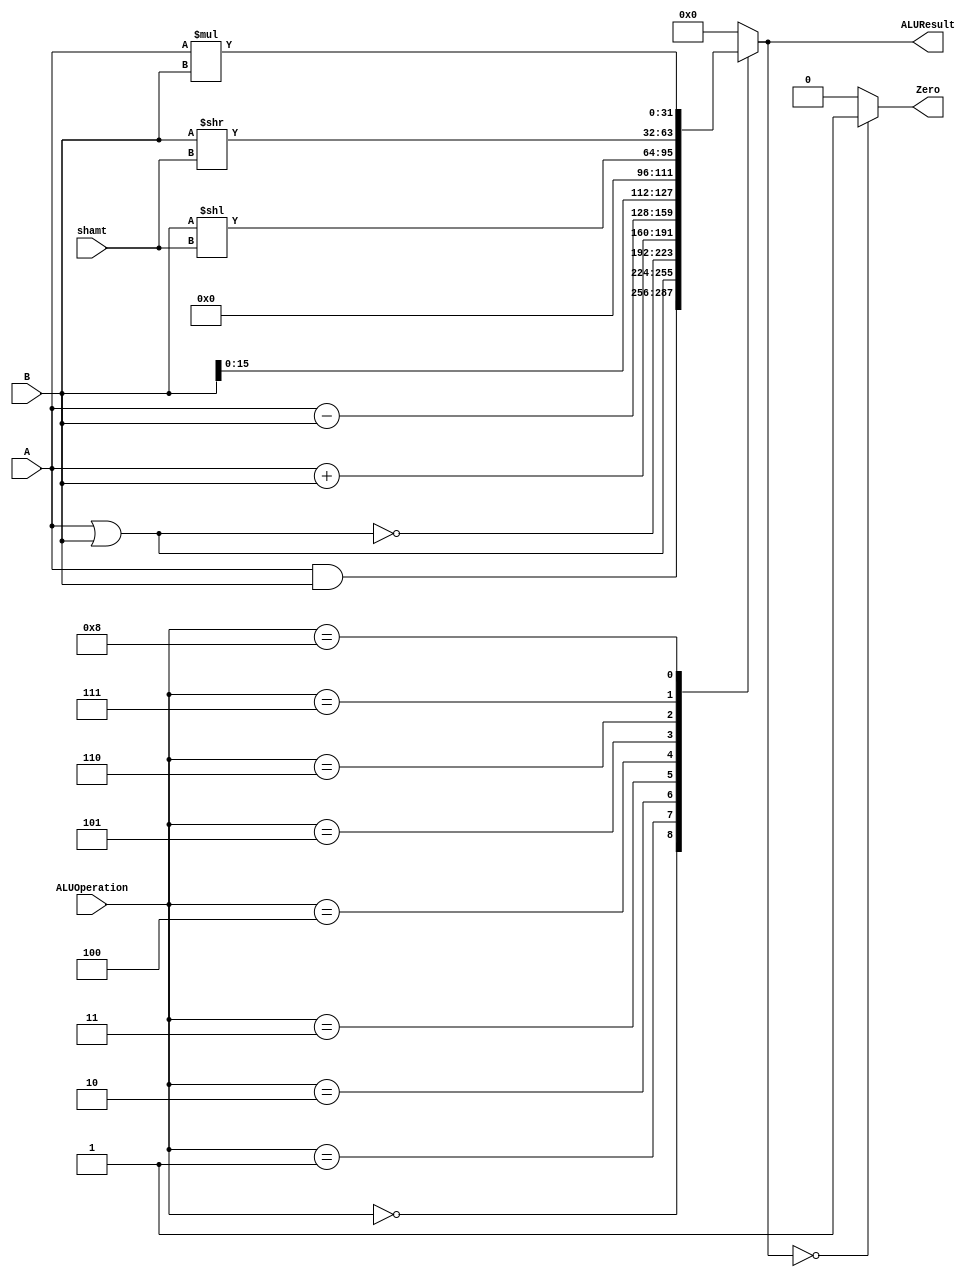
/******************************************************************
* Description
*	This is an 32-bit arithetic logic unit that can execute the next set of operations:
*		add
*		sub
*		or
*		and
*		nor
* This ALU is written by using behavioral description.
* Version:
*	1.0
* Author:
*	Dr. Jos Luis Pizano Escalante
* email:
*	luispizano@iteso.mx
* Date:
*	01/03/2014
******************************************************************/

module ALU 
(
	input [3:0] ALUOperation,	
	input [31:0] A,
	input [31:0] B,
	input [4:0] shamt,			// para SLL y SRL desde ROM
	output reg Zero,
	output reg [31:0]ALUResult
);
//

localparam AND = 4'b0000;		
localparam OR  = 4'b0001;					
localparam NOR = 4'b0010;		
localparam ADD = 4'b0011;
localparam SUB = 4'b0100;
localparam LUI = 4'b0101;		
localparam SLL = 4'b0110;	
localparam SRL = 4'b0111;
localparam MUL = 4'b1000;
   
   always @ (A or B or ALUOperation)
     begin
		case (ALUOperation)
		  AND: //# and
		   ALUResult= A & B;
		  OR:  //# or
		   ALUResult= A | B;
		  NOR: //# nor
		   ALUResult= ~(A|B);
		  ADD: // add
			ALUResult= A + B;
		  SUB: // sub
			ALUResult= A - B;
		  LUI: //lui
		   ALUResult={B[15:0],16'H0000};	// recorre los 16bits y concatena 16 zeros
		  SLL:
			ALUResult= B << shamt;	// sll
		  SRL:
			ALUResult= B >> shamt;	// srl
			MUL:
			ALUResult= A * B;	// srl
		default:
			ALUResult= 0;
		endcase // case(control)
		Zero = (ALUResult==0) ? 1'b1 : 1'b0;
     end // always @ (A or B or control)
endmodule // alu